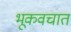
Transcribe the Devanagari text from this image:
भूकवचात